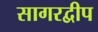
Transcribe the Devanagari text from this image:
सागरद्वीप